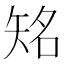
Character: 𥏍